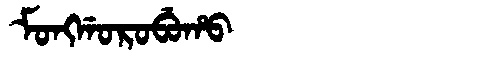
Manchu: ᠮᠣᠩᡤᠣᡵᠣᠪᡠᡥᠣ
Romanization: MONGGOROBUHO